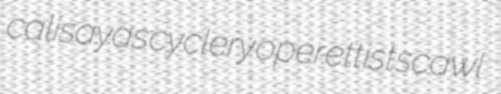
calisayas cyclery operettist scawl